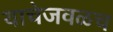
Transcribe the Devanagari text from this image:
याचेजवळच